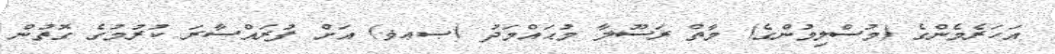
އަހަރެމެންގެ (މުސްލިމުންގެ) މާތް ރަސޫލާ މުޙައްމަދު (ޞޢޥ) އަށް ފުރައްސާރަ ކުރުމުގެ ގޮތުން